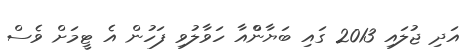
އަދި ޖުލައި 2013 ގައި ބަޔާންްއާ ހަވާލުވި ފަހުން އެ ޓީމަށް ވެސް